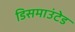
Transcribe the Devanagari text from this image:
डिसमाउंटेड